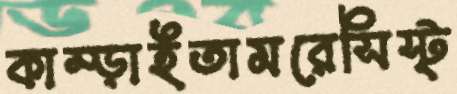
কাম্‌ড়াইতামরেসিস্ট্